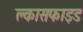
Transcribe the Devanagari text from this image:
क्लासफाइड